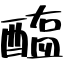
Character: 醢